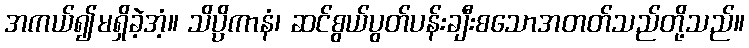
အကယ်၍မရှိခဲ့အံ့။ သိပ္ပိကာနံ၊ ဆင်စွယ်ပွတ်ပန်းချီးစသောအတတ်သည်တို့သည်။